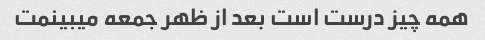
همه چیز درست است بعد از ظهر جمعه میبینمت